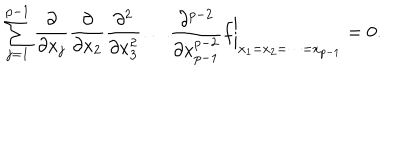
LaTeX: \sum _ { j = 1 } ^ { p - 1 } \frac { \partial } { \partial x _ { j } } \frac { \partial } { \partial x _ { 2 } } \frac { \partial ^ { 2 } } { \partial x _ { 3 } ^ { 2 } } \dots \frac { \partial ^ { p - 2 } } { \partial x _ { p - 1 } ^ { p - 2 } } f \biggr | _ { x _ { 1 } = x _ { 2 } = \dots = x _ { p - 1 } } = 0 .